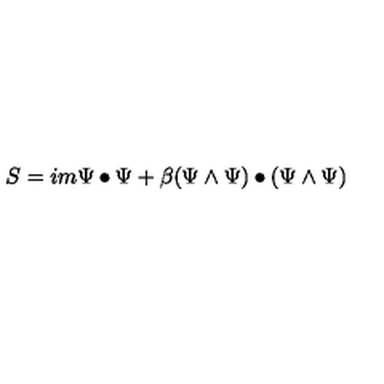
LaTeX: S = i m \Psi \bullet \Psi + \beta ( \Psi \wedge \Psi ) \bullet ( \Psi \wedge \Psi )